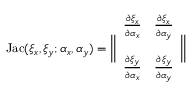
\mathrm { J a c } ( \xi _ { x } , \xi _ { y } ; \alpha _ { x } , \alpha _ { y } ) = \bigg | \bigg | \begin{array} { c c } { \frac { \partial \xi _ { x } } { \partial \alpha _ { x } } } & { \frac { \partial \xi _ { x } } { \partial \alpha _ { y } } } \\ { \mathrm { ~ } } & { \mathrm { ~ } } \\ { \frac { \partial \xi _ { y } } { \partial \alpha _ { x } } } & { \frac { \partial \xi _ { y } } { \partial \alpha _ { y } } } \end{array} \bigg | \bigg |